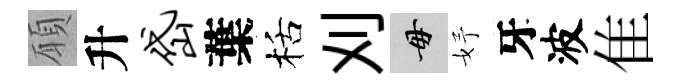
願升岱葉栝刈毋妤牙波隹